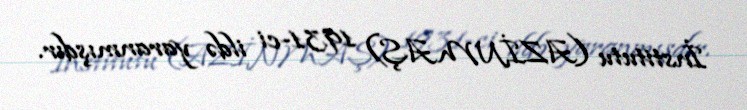
İnstitutu (AZİNMAŞ) 1931-ci ildə yaranmışdır.